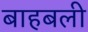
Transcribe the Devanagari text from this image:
बाहबली